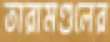
তারামণ্ডলের